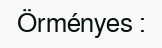
Örményes :